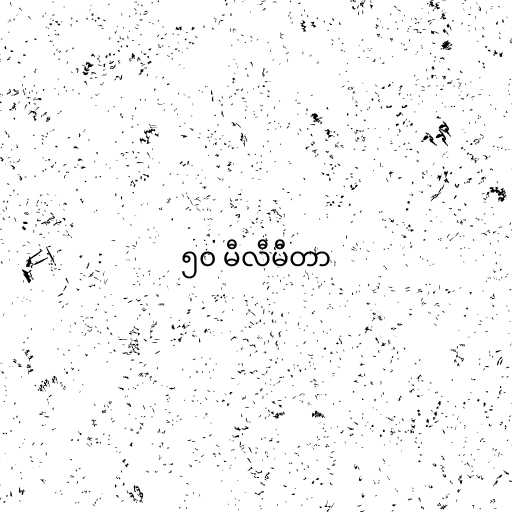
၅၀ မီလီမီတာ